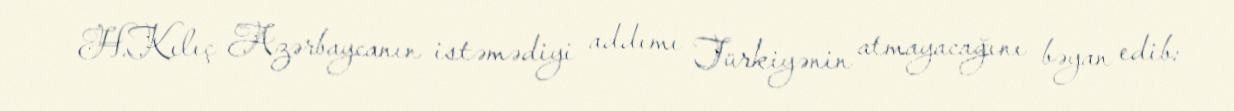
H.Kılıç Azərbaycanın istəmədiyi addımı Türkiyənin atmayacağını bəyan edib: